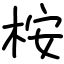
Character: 桉